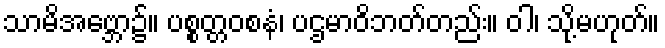
သာမိအဗ္ဘော၌။ ပစ္စတ္တဝစနံ၊ ပဌမာဝိဘတ်တည်း။ ဝါ၊ သို့မဟုတ်။